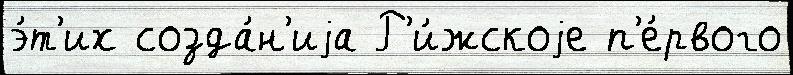
э́т'их созда́н'иjа Р'и́жскоjе п'е́рвого